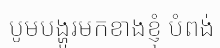
បូមបង្ហូរមកខាងខ្ញុំ បំពង់